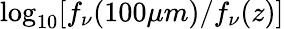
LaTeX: \log_{10}[f_{\nu}(100\mu m)/f_{\nu}(z)]